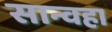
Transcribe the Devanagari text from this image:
सान्वहा